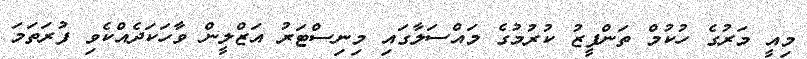
މިއީ މަރުގެ ހުކުމް ތަންފީޒު ކުރުމުގެ މައްސަލާގައި މިނިސްޓަރު އަޒްލީން ވާހަކަދެއްކެވި ފުރަތަމަ